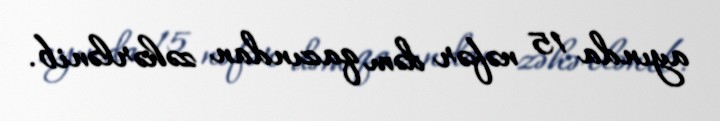
ayında 15 nəfər dəm qazından zəhərlənib.